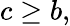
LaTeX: c\ge b,